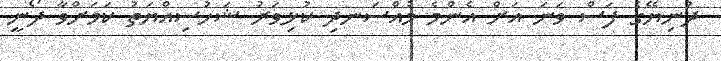
ދުނިޔޭގެ ފަސް ވަނަ އަށް އެންމެ މުއްސަނދި ކުޅިވަރު ޝަހުސިއްޔަތު ކަމަށްވާ ދޯނީ